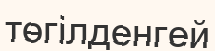
төгілденгей